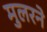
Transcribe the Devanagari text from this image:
मुलरने